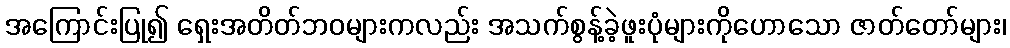
အကြောင်းပြု၍ ရှေးအတိတ်ဘဝများကလည်း အသက်စွန့်ခဲ့ဖူးပုံများကိုဟောသော ဇာတ်တော်များ၊